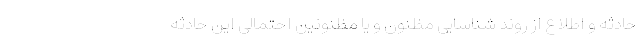
حادثه و اطلاع از روند شناسایی مظنون و یا مظنونین احتمالی این حادثه